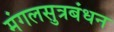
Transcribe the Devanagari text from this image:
मंगलसुत्रबंधन